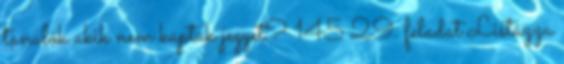
tanulók akik nem kaptak jegyet? 145 29. feladat Listázza